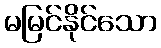
မမြင်နိုင်သော